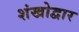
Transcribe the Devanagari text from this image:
शंखोद्वार